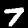
Label: 7